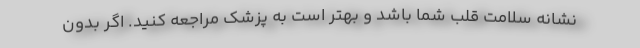
نشانه سلامت قلب شما باشد و بهتر است به پزشک مراجعه کنید. اگر بدون